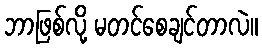
ဘာဖြစ်လို့ မတင်စေချင်တာလဲ။